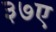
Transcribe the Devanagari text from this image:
३७ए